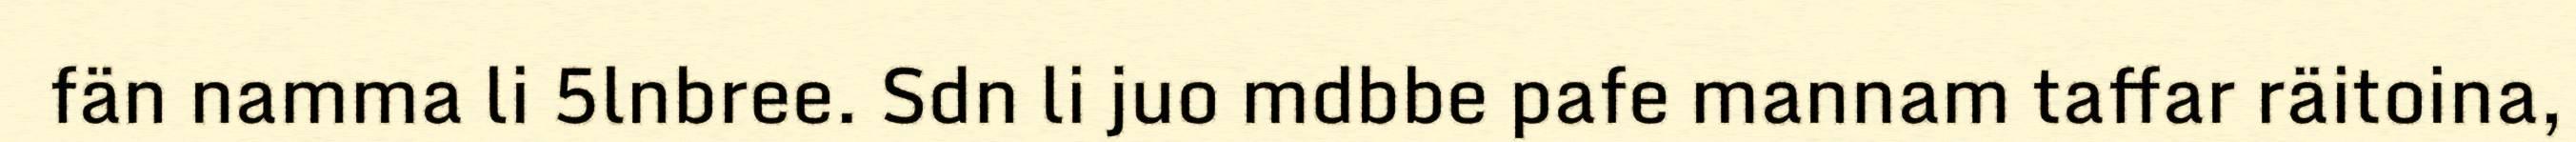
fän namma li 5lnbree. Sdn li juo mdbbe pafe mannam taffar räitoina,